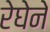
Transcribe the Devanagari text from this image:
रेघेने